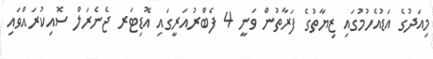
މިއަދުގެ އަޑުއެހުމުގައި ޒިޔާތުގެ ފަރާތުން ވަނީ 4 ފެބްރުއަރީގައި އޮޑިޓަރ ޖެނެރަލް ސޮއިކުރައްވައި